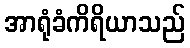
အာရုံခံကိရိယာသည်